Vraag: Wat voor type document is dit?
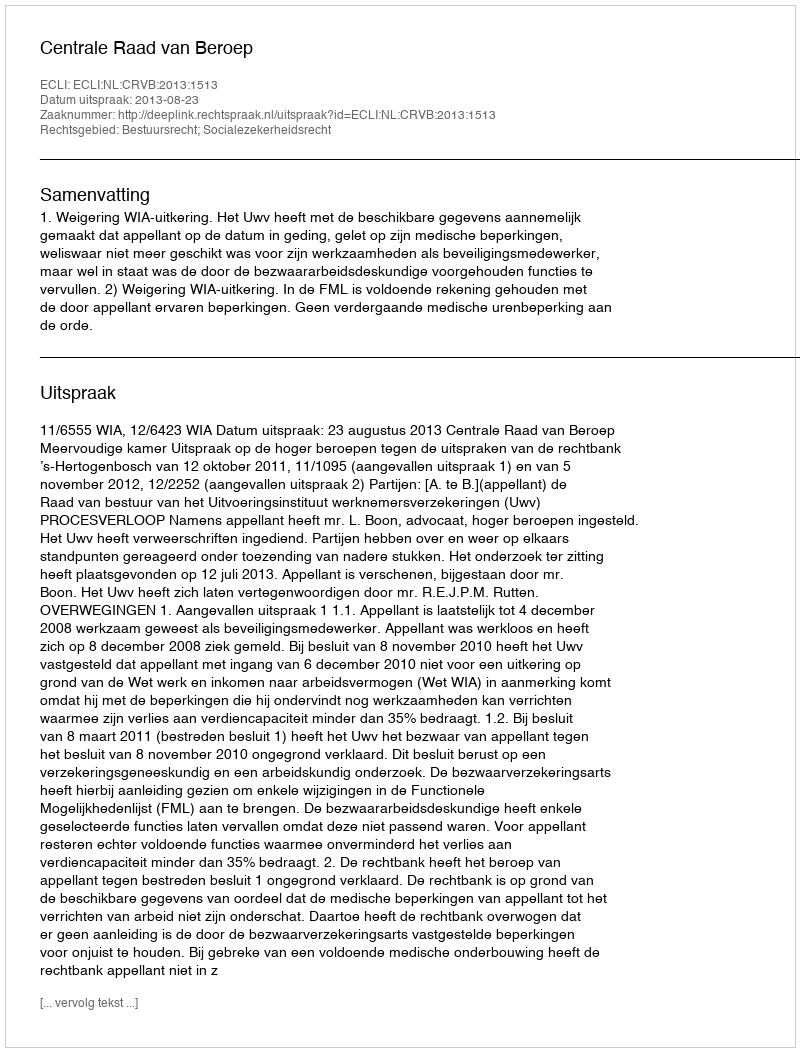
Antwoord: Uitspraak